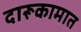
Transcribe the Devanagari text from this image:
दारूकामात